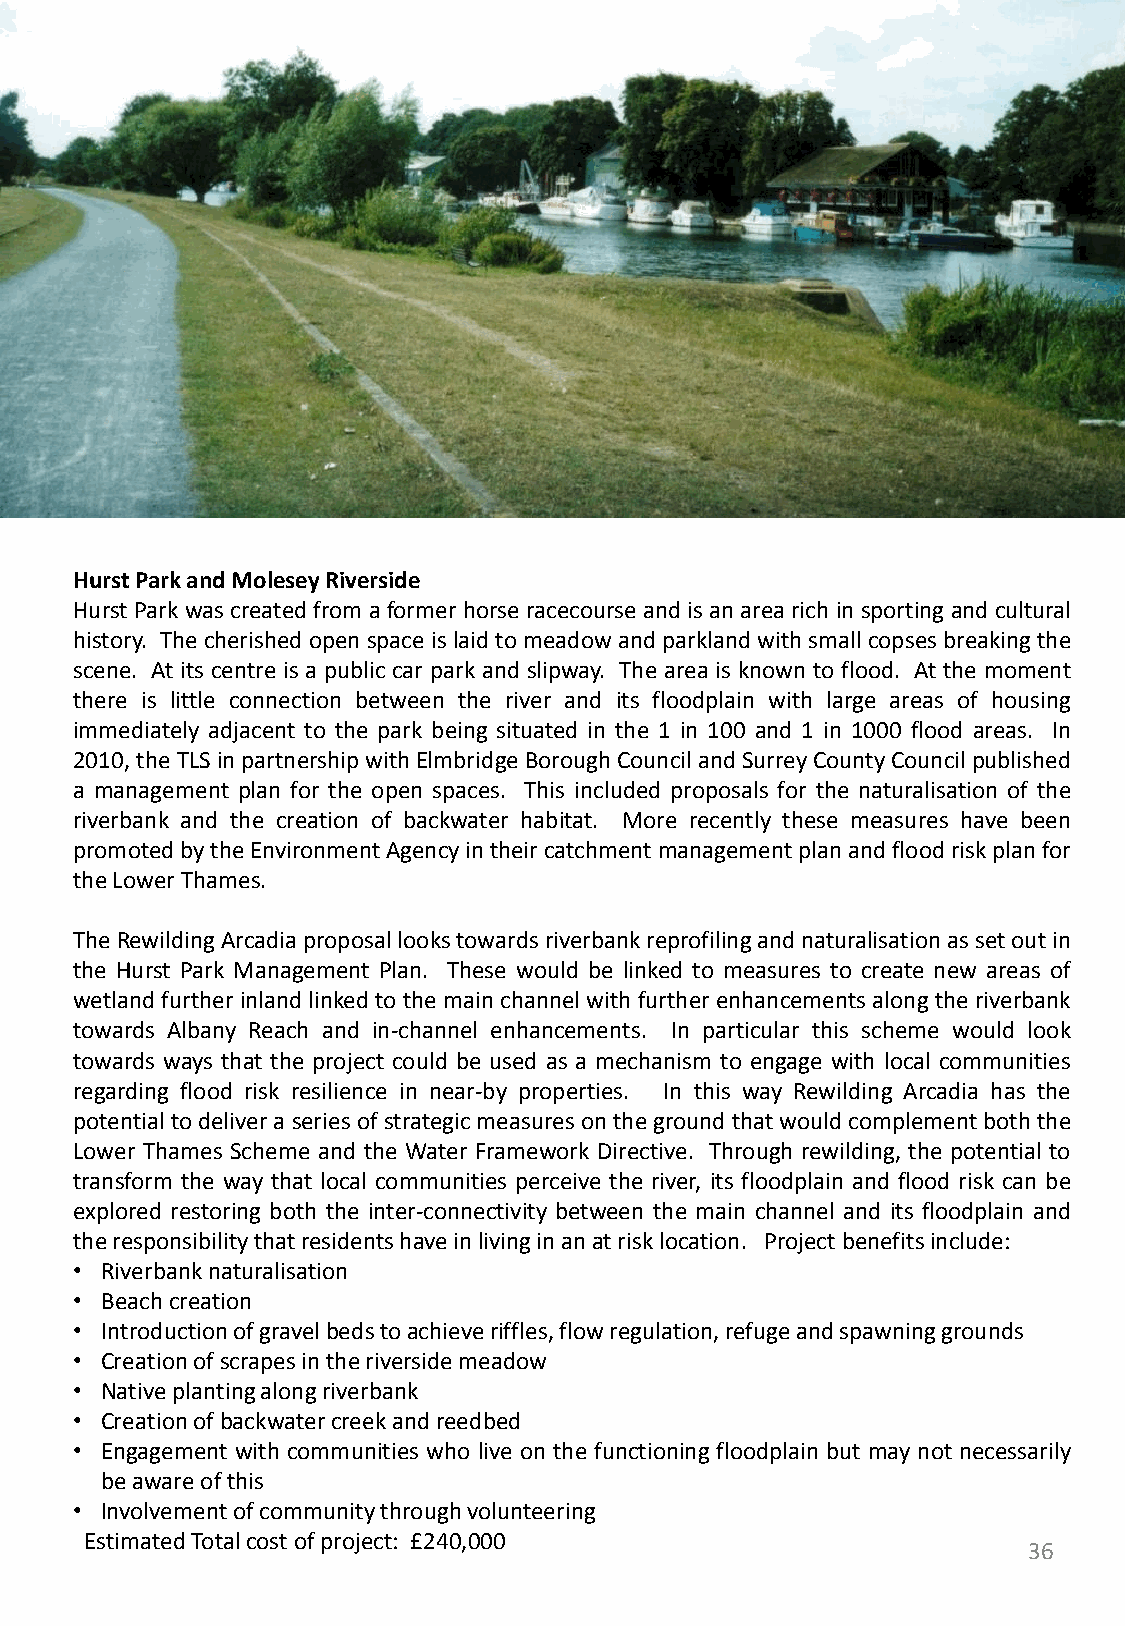
HurstParkandMoleseyRiverside
 Hurst Parkwas createdfrom a formerhorse racecourse and isan arearich in sporting and cultural
 history. The cherished open spaceislaidto meadow andparkland with small copses breakingthe
 scene. At its centre is a public car park and slipway. The area is known to flood. At the moment
 there is little connection between the river and its floodplain with large areas of housing
 immediately adjacent to the park being situated in the 1 in 100 and 1 in 1000 flood areas. In
 2010,the TLSinpartnership withElmbridgeBorough Council andSurreyCountyCouncil published
 a management plan for the open spaces. This included proposals for the naturalisation of the
 riverbank and the creation of backwater habitat. More recently these measures have been
 promotedbytheEnvironmentAgencyintheircatchmentmanagementplanandfloodriskplanfor
 theLowerThames.
 TheRewildingArcadiaproposallookstowardsriverbankreprofilingandnaturalisationassetoutin
 the Hurst Park Management Plan. These would be linked to measures to create new areas of
 wetlandfurther inland linkedto the main channel with further enhancements along the riverbank
 towards Albany Reach and in-channel enhancements. In particular this scheme would look
 towards ways that the project could be used as a mechanism to engage with local communities
 regarding flood risk resilience in near-by properties. In this way Rewilding Arcadia has the
 potentialtodelivera series of strategicmeasuresonthe groundthat would complementboththe
 Lower Thames Scheme and the Water Framework Directive. Through rewilding, the potential to
 transform the way that local communities perceive the river, its floodplain and flood risk can be
 explored restoring both the inter-connectivity between the main channel and its floodplain and
 theresponsibilitythatresidentshaveinlivinginanatrisklocation. Projectbenefitsinclude:
 • Riverbanknaturalisation
 • Beachcreation
 • Introductionofgravelbedstoachieveriffles,flowregulation,refugeandspawninggrounds
 • Creationofscrapesintheriversidemeadow
 • Nativeplantingalongriverbank
 • Creationofbackwatercreekandreedbed
 • Engagement with communities who live on the functioning floodplain but may not necessarily
 beawareofthis
 • Involvementofcommunitythroughvolunteering
 EstimatedTotalcostofproject: £240,000
 36